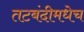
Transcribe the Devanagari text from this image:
तटबंदीमधेच